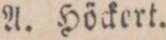
A. Höckert.